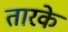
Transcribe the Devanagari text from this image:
तारके